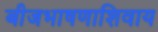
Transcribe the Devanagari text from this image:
बीजभाषणाशिवाय